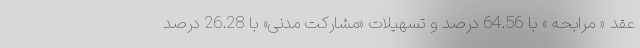
عقد « مرابحه » با 64.56 درصد و تسهیلات «مشارکت مدنی» با 26.28 درصد